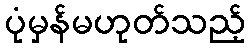
ပုံမှန်မဟုတ်သည့်